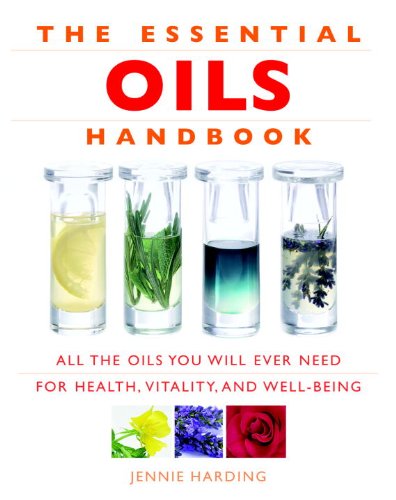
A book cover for The Essential Oils Handbook: All the Oils You Will Ever Need for Health, Vitality and Well-Being; Jennie Harding; Health, Fitness & Dieting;